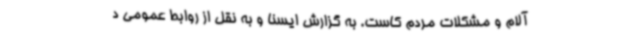
آلام و مشکلات مردم کاست. به گزارش ایسنا و به نقل از روابط عمومی د